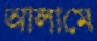
আলামে